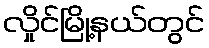
လှိုင်မြို့နယ်တွင်